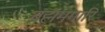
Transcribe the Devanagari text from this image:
ब्रह्ममगारि